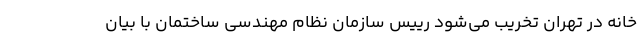
خانه در تهران تخریب می‌شود رییس سازمان نظام مهندسی ساختمان با بیان